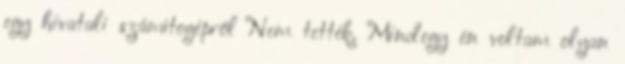
egy hivatali számítogépről Nem tették. Mindegy én voltam olyan